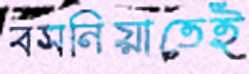
বসনিয়াতেই